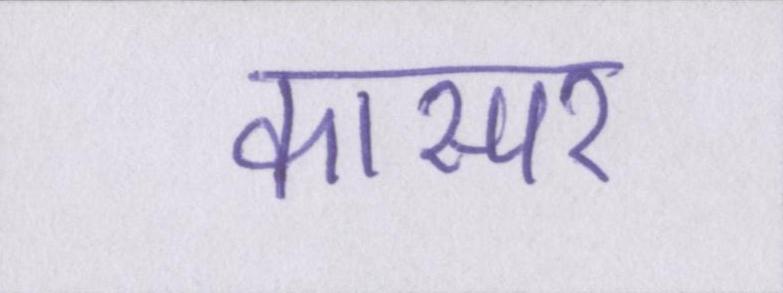
कास्पर